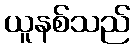
ယူနစ်သည်